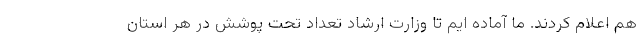
هم اعلام کردند. ما آماده ایم تا وزارت ارشاد تعداد تحت پوشش در هر استان